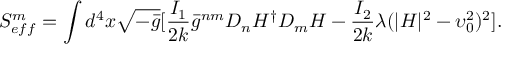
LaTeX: S _ { e f f } ^ { m } = \int d ^ { 4 } x \sqrt { - \bar { g } } [ \frac { I _ { 1 } } { 2 k } { \bar { g } } ^ { n m } D _ { n } H ^ { \dagger } D _ { m } H - \frac { I _ { 2 } } { 2 k } \lambda ( | H | ^ { 2 } - \upsilon _ { 0 } ^ { 2 } ) ^ { 2 } ] .